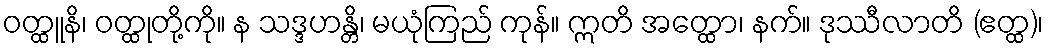
ဝတ္ထူနိ၊ ဝတ္ထုတို့ကို။ န သဒ္ဒဟန္တိ၊ မယုံကြည် ကုန်။ ဣတိ အတ္ထော၊ နက်။ ဒုဿီလာတိ (ဧတ္ထ)၊